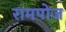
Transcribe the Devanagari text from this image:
रामपोज